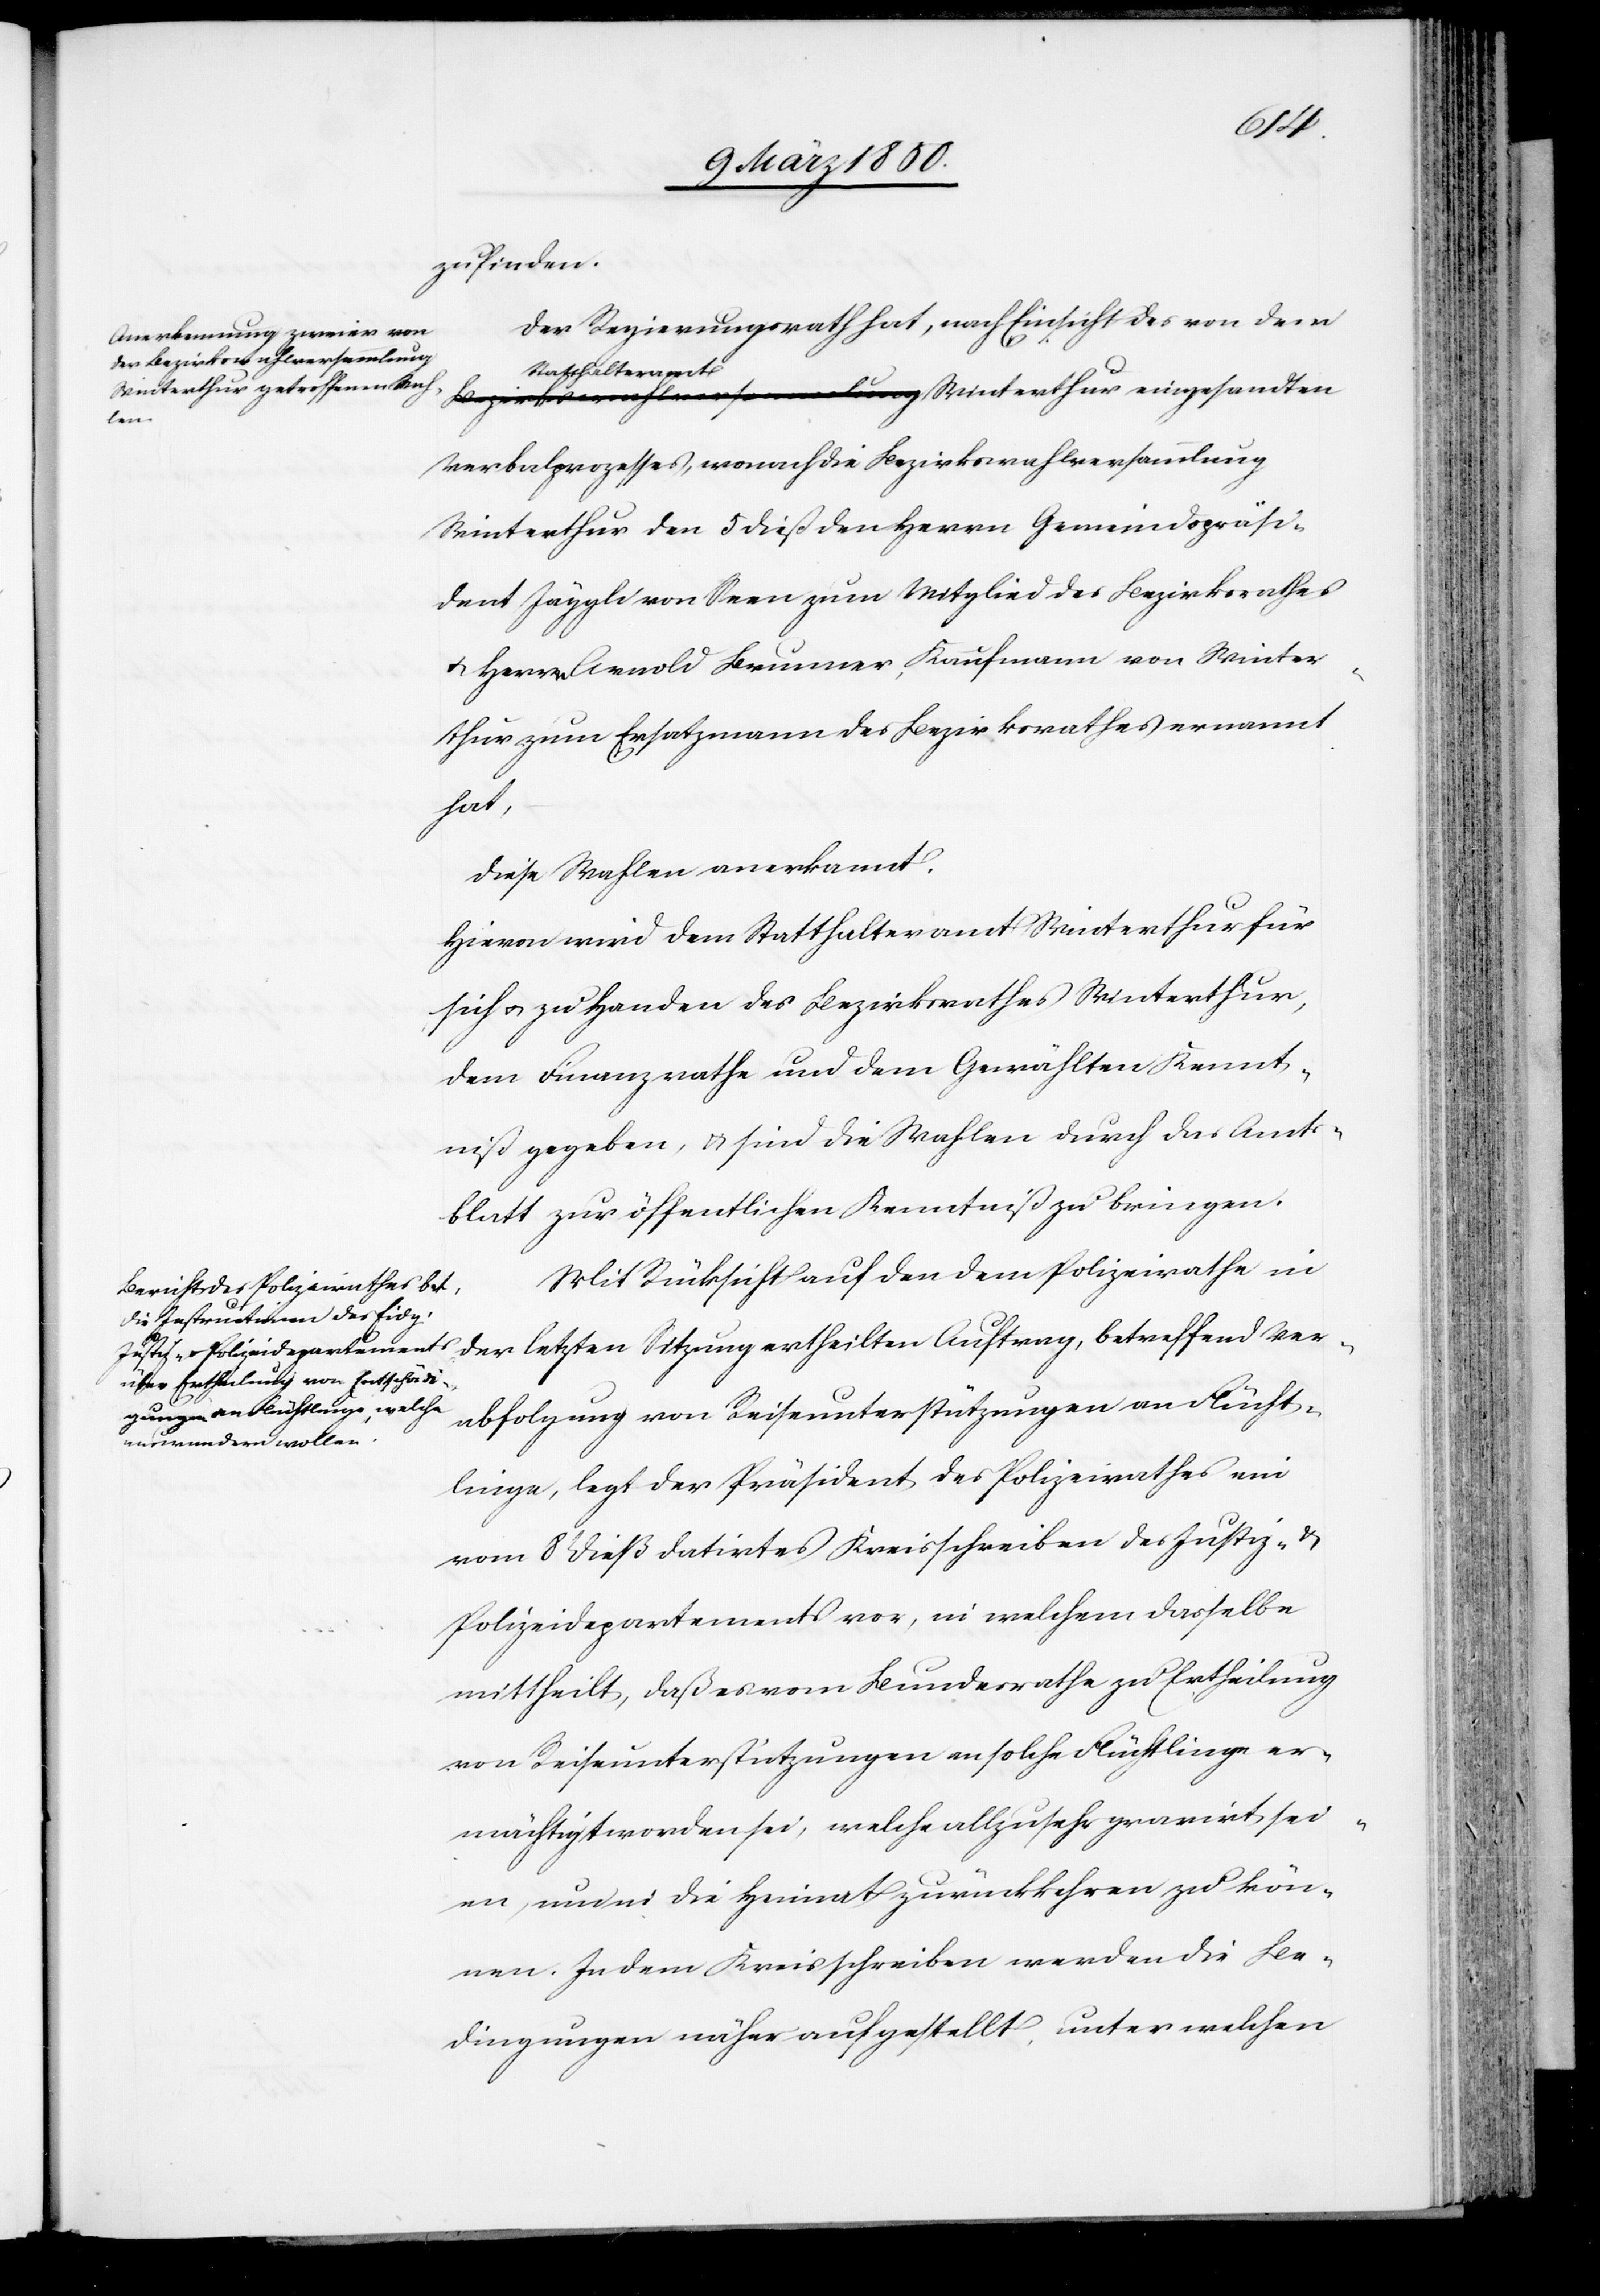
zufinden.
Der Regierungsrath hat, nach Einsicht des von dem
Statthalteramt
Winterthur eingesandten
Verbalprozesses, wonach die Bezirkswahlversammlung
Winterthur den 5 dieß den Herrn Gemeindspräsi¬
dent Jäggli von Seen zum Mitglied des Bezirksrathes
u. Herrn Arnold Brunner, Kaufmann von Winter¬
thur zum Ersatzmann des Bezirksrathes ernannt
hat,
diese Wahlen anerkannt.
Hievon wird dem Statthalteramt Winterthur für
sich u. zu Handen des Bezirksrathes Winterthur,
dem Finanzrathe und dem Gewählten Kennt¬
niß gegeben, u. sind die Wahlen durch das Amts¬
blatt zur öffentlichen Kenntniß zu bringen.
Mit Rücksicht auf den dem Polizeirathe in
der letzten Sitzung ertheilten Auftrag, betreffend Ver¬
abfolgung von Reiseunterstützungen an Flücht¬
linge, legt der Präsident des Polizeirathes ein
vom 8t dieß datirtes Kreisschreiben des Justiz- u.
Polizeidepartements vor, in welchem dasselbe
mittheilt, daß es vom Bundesrathe zu Ertheilung
von Reiseunterstützungen an solche Flüchtlinge er¬
mächtigt worden sei, welche allzusehr gravirt sei¬
en, um in die Heimat zurückkehren zu kön¬
nen. In dem Kreisschreiben werden die Be¬
dingungen näher aufgestellt, unter welchen